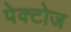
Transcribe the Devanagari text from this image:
पेक्टोज